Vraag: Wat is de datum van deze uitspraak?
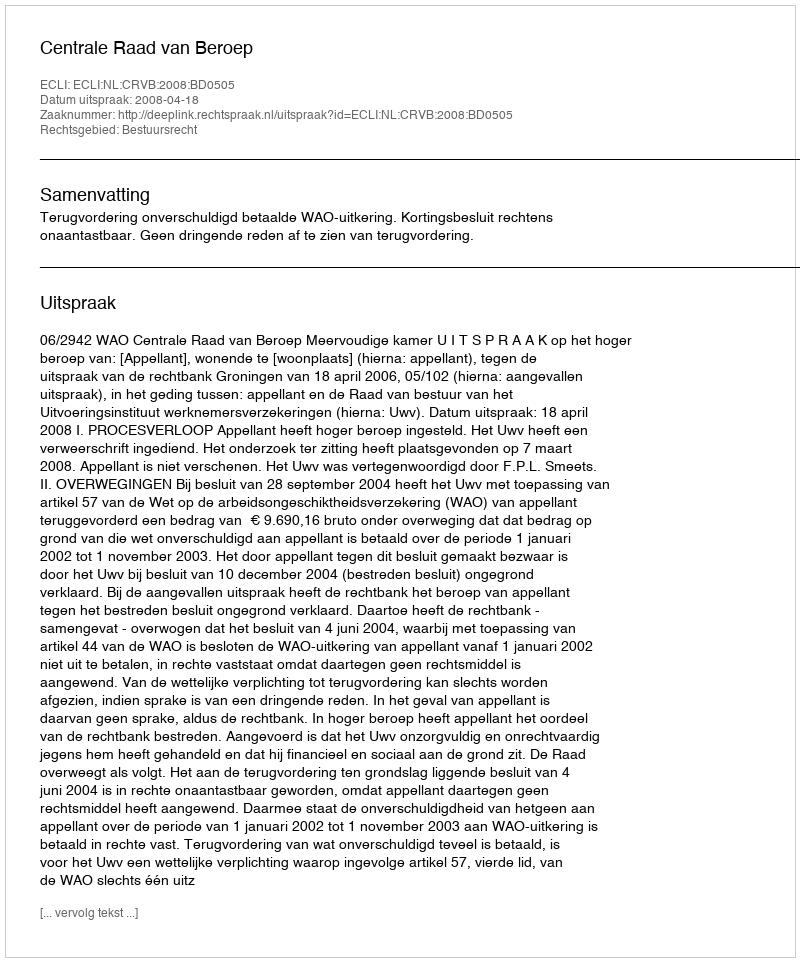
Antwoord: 2008-04-18